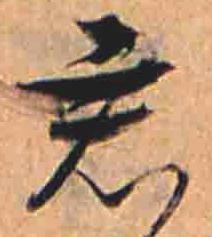
君